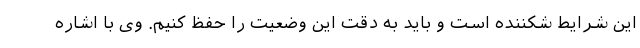
این شرایط شکننده است و باید به دقت این وضعیت را حفظ کنیم. وی با اشاره